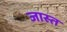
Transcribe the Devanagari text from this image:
जास्‍त्‍ा